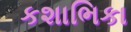
કશાભિકા